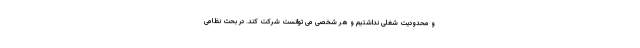
و محدودیت شغلی نداشتیم و هر شخصی می توانست شرکت کند. در بحث نظامی